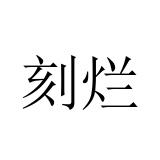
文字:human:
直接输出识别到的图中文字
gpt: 刻烂